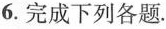
6.完成下列各题。